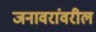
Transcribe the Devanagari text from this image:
जनावरांवरील